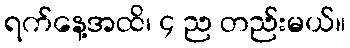
ရက်နေ့အထိ၊ ၄ ည တည်းမယ်။